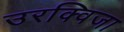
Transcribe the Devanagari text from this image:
उरक्विजा